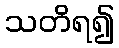
သတိရ၍